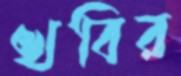
খবির